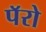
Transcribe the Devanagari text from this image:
पॅरो